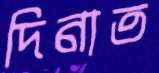
দিনাত